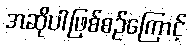
အဆိုပါဖြစ်စဉ်ကြောင့်